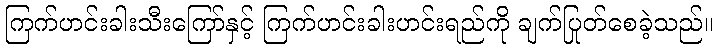
ကြက်ဟင်းခါးသီးကြော်နှင့် ကြက်ဟင်းခါးဟင်းရည်ကို ချက်ပြုတ်စေခဲ့သည်။